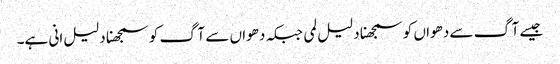
جیسے آگ سے دھواں کو سمجھنا دلیل لمی جبکہ دھواں سے آگ کو سمجھنا دلیل انی ہے۔